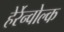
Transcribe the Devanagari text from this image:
हेर्रेन्वोल्क